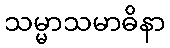
သမ္မာသမာဓိနာ